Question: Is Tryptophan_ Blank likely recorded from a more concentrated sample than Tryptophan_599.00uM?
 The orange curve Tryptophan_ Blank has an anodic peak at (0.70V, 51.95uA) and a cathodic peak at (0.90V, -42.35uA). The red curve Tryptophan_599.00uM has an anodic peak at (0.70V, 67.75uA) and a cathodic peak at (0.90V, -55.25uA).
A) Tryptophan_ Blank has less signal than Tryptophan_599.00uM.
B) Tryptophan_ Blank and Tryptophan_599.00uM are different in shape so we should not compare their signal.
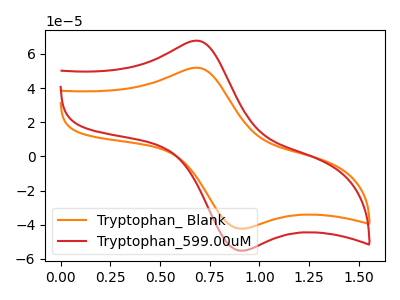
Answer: <think>All the peaks in "Tryptophan_ Blank" have a peak in "Tryptophan_599.00uM" at the same potential. Every peak in "Tryptophan_ Blank" is lower than every peak in "Tryptophan_599.00uM".
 </think>
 <answer>A) "Tryptophan_ Blank" has less signal than "Tryptophan_599.00uM".</answer>
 <eval>A</eval>